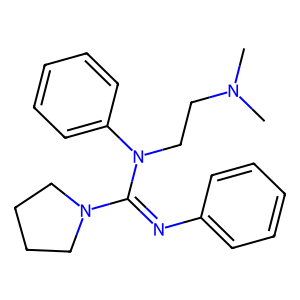
SMILES: CN(C)CCN(C(=Nc1ccccc1)N1CCCC1)c1ccccc1
Inhibits HIV replication: No